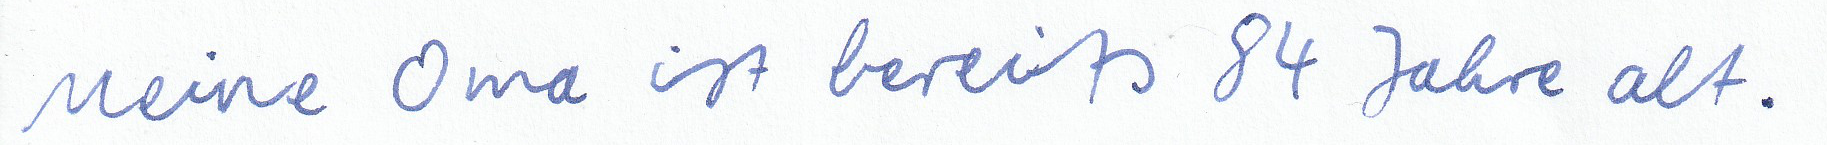
Meine Oma ist bereits 84 Jahre alt.